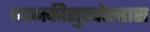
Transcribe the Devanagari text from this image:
जानकीसुखोल्हास